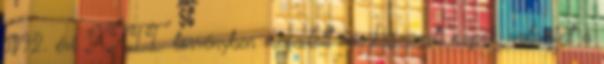
1992. évi XXII. törvényben megadott munkaszüneti napok, valamint a